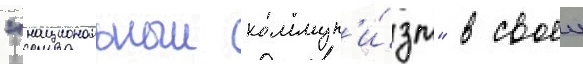
"национальныи коммун'и́зм" в своеи